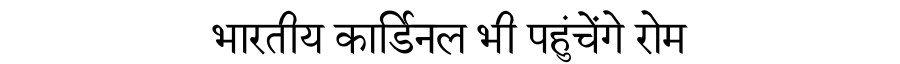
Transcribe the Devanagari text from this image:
भारतीय कार्डिनल भी पहुंचेंगे रोम